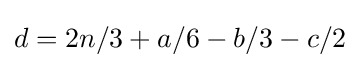
d=2n/3+a/6-b/3-c/2